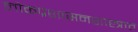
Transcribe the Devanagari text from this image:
लोकप्रशासनशास्त्रात